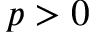
p > 0